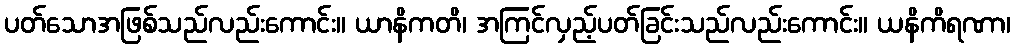
ပတ်သောအဖြစ်သည်လည်းကောင်း။ ယာနိကတိ၊ အကြင်လှည့်ပတ်ခြင်းသည်လည်းကောင်း။ ယနိကိရဏာ၊